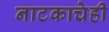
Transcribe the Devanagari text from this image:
नाटकाचेही